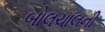
બોલચાલની